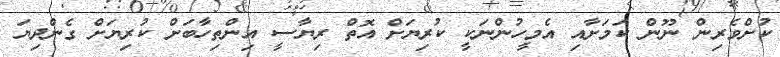
ކުށްވެރިން ނޫން ކަމަށާއި އެމީހުންނަކީ ކުރިޔަށް އޮތް ރިޔާސީ އިންތިހާބަށް ކުރިޔަށް ގެންދިޔަ